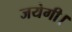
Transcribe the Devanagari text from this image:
जयेगी।